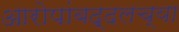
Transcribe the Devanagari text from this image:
आरोपांबद्दलच्या